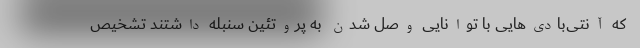
که آنتی‌بادی‌هایی با توانایی وصل شدن به پروتئین سنبله داشتند تشخیص